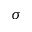
\sigma